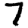
Digit: 7